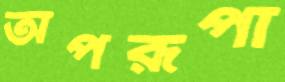
অপরূপা